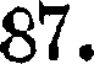
87.